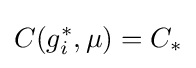
C(g_{i}^{*},\mu )=C_{*}